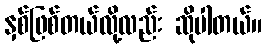
နှစ်ဖြစ်တယ်လို့လည်း ဆိုပါတယ်။